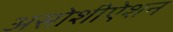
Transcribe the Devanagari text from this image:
असोशीऐशन